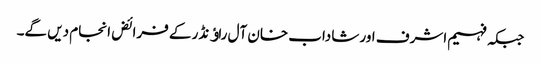
جبکہ فہیم اشرف اور شاداب خان آل راﺅنڈر کے فرائض انجام دیں گے۔